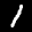
Label: 1